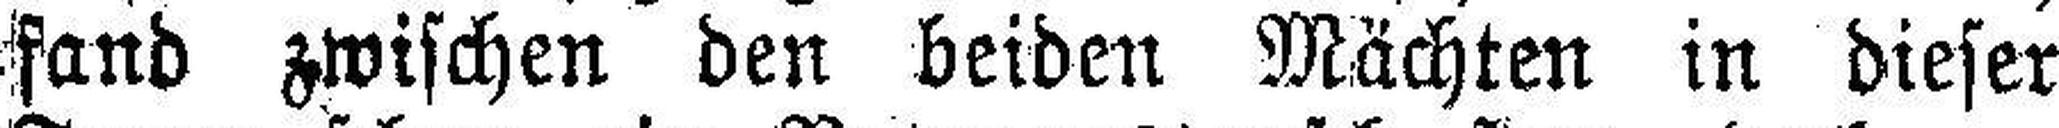
fand zwischen den beiden Mächten in dieser